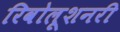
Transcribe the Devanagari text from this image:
रिवोलूशनरी